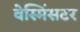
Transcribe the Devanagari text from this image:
वेस्मिंसटर